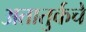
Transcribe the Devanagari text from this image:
अतातुर्कचे